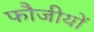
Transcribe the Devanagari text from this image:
फौजीयों